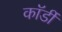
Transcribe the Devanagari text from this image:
कॉर्डी